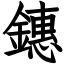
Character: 鏸